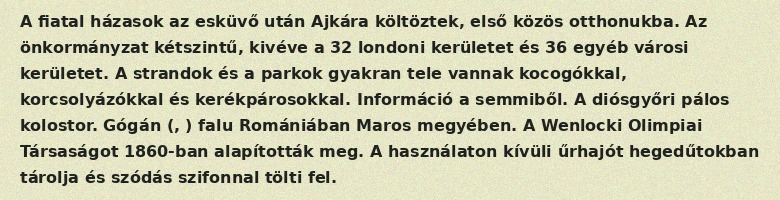
A fiatal házasok az esküvő után Ajkára költöztek, első közös otthonukba. Az önkormányzat kétszintű, kivéve a 32 londoni kerületet és 36 egyéb városi kerületet. A strandok és a parkok gyakran tele vannak kocogókkal, korcsolyázókkal és kerékpárosokkal. Információ a semmiből. A diósgyőri pálos kolostor. Gógán (, ) falu Romániában Maros megyében. A Wenlocki Olimpiai Társaságot 1860-ban alapították meg. A használaton kívüli űrhajót hegedűtokban tárolja és szódás szifonnal tölti fel.